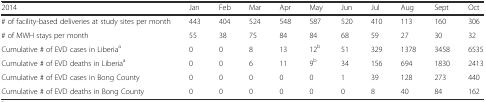
<table><thead><tr><td><b>2014</b></td><td><b>Jan</b></td><td><b>Feb</b></td><td><b>Mar</b></td><td><b>Apr</b></td><td><b>May</b></td><td><b>Jun</b></td><td><b>Jul</b></td><td><b>Aug</b></td><td><b>Sept</b></td><td><b>Oct</b></td></tr></thead><tbody><tr><td># of facility-based deliveries at study sites per month</td><td>443</td><td>404</td><td>524</td><td>548</td><td>587</td><td>520</td><td>410</td><td>113</td><td>160</td><td>306</td></tr><tr><td># of MWH stays per month</td><td>55</td><td>38</td><td>75</td><td>84</td><td>84</td><td>68</td><td>59</td><td>27</td><td>30</td><td>32</td></tr><tr><td>Cumulative # of EVD cases in Liberia<sup>a</sup></td><td>0</td><td>0</td><td>8</td><td>13</td><td>12<sup>b</sup></td><td>51</td><td>329</td><td>1378</td><td>3458</td><td>6535</td></tr><tr><td>Cumulative # of EVD deaths in Liberia<sup>a</sup></td><td>0</td><td>0</td><td>6</td><td>11</td><td>9<sup>b</sup></td><td>34</td><td>156</td><td>694</td><td>1830</td><td>2413</td></tr><tr><td>Cumulative # of EVD cases in Bong County</td><td>0</td><td>0</td><td>0</td><td>0</td><td>0</td><td>1</td><td>39</td><td>128</td><td>273</td><td>440</td></tr><tr><td>Cumulative # of EVD deaths in Bong County</td><td>0</td><td>0</td><td>0</td><td>0</td><td>0</td><td>0</td><td>8</td><td>40</td><td>84</td><td>162</td></tr></tbody></table>